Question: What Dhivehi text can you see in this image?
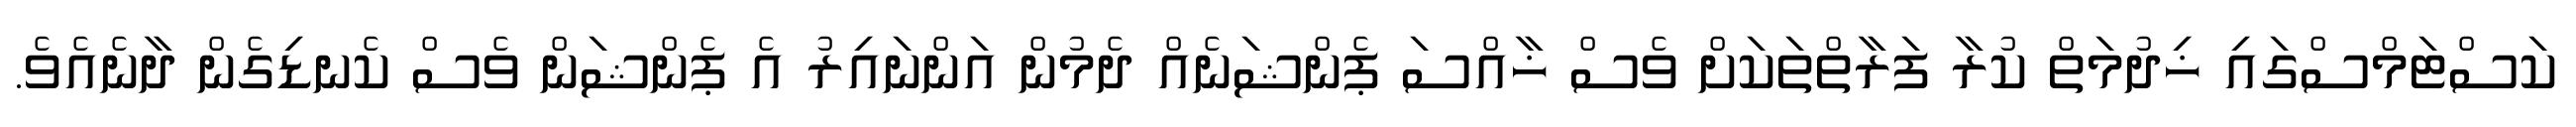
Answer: ކަސްޓަމްސްގައި ޚިދުމަތް ކުރާ ފަރާތްތަކަށް ވެސް ޚާއްސަ ޕެންޝަނެއް ދެމުން އަންނައިރު އެ ޕެންޝަން ވެސް ކެނޑިގެން ދާނެއެވެ.